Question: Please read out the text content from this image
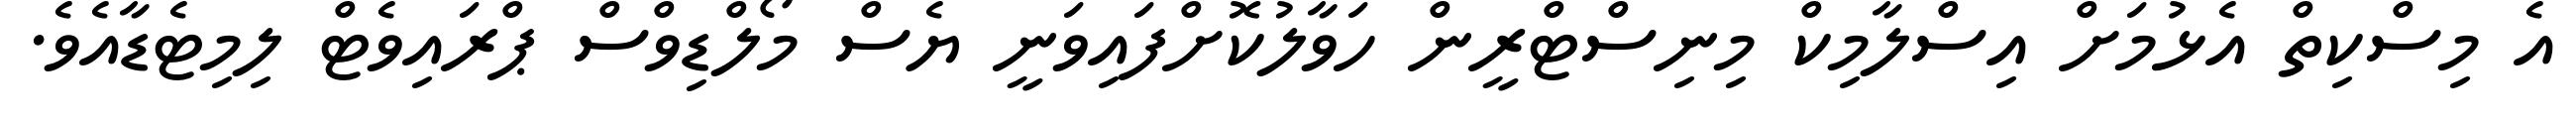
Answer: އެ މިސްކިތް އެޅުމަށް އިސްލާމިކް މިނިސްޓްރީން ހަވާލުކޮށްފައިވަނީ ޔެސް މޯލްޑިވްސް ޕްރައިވެޓް ލިމިޓެޑާއެވެ.